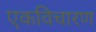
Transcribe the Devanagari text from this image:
एकविचारण